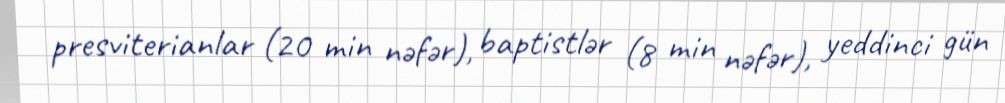
presviterianlar (20 min nəfər), baptistlər (8 min nəfər), yeddinci gün